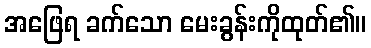
အဖြေရ ခက်သော မေးခွန်းကိုထုတ်၏။